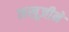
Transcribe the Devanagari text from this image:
लखूजीने